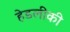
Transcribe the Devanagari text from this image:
हेडलीकी